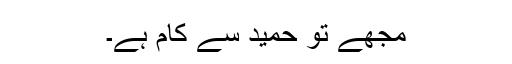
مجھے تو حمید سے کام ہے۔